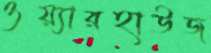
ওয়্যারহাউজ